Civil Veterinary Dept. Bombay admin report 1907-1913 - 1907-1913
Year: 1907
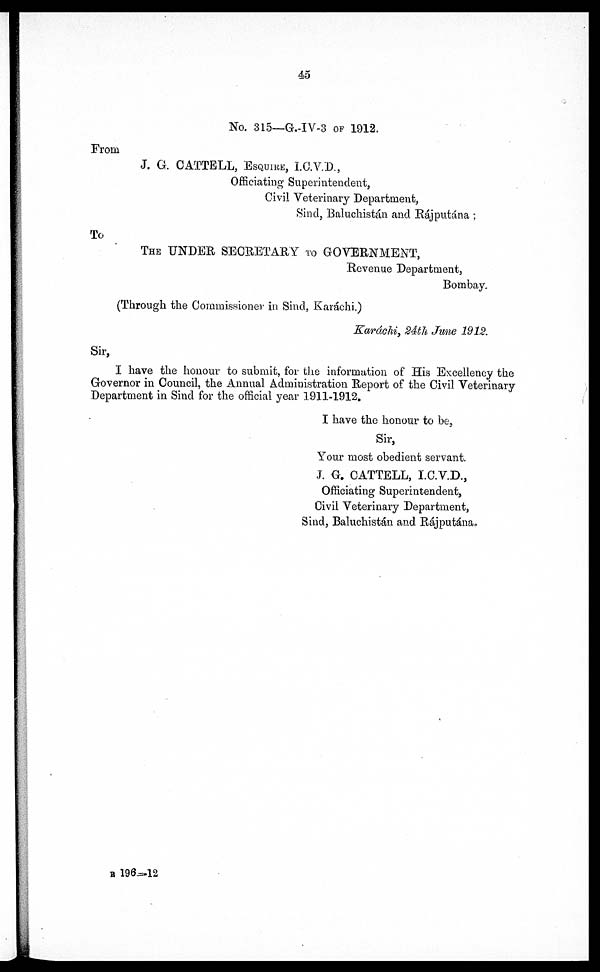
45
No. 315—G.-IV-3 OF 1912.
From
J. G. CATTELL, ESQUIRE, I.C.V.D.,
Officiating Superintendent,
Civil Veterinary Department,
Sind, Baluchistán and Rájputána;
To
THE UNDER SECRETARY TO GOVERNMENT,
Revenue Department,
Bombay.
(Through the Commissioner in Sind, Karáchi.)
Karáchi, 24th June 1912.
Sir,
I have the honour to submit, for the information of His Excellency the
Governor in Council, the Annual Administration Report of the Civil Veterinary
Department in Sind for the official year 1911-1912.
I have the honour to be,
Sir,
Your most obedient servant.
J. G. CATTELL, I.C.V.D.,
Officiating Superintendent,
Civil Veterinary Department,
Sind, Baluchistán and Rájputána.
B 196—12